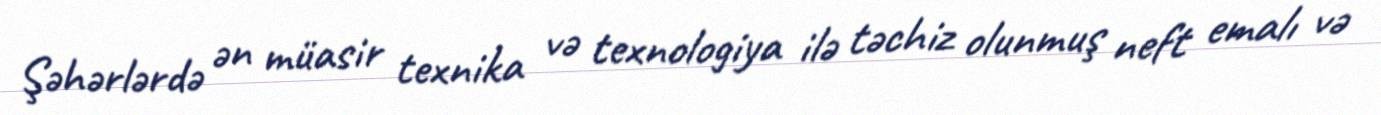
Şəhərlərdə ən müasir texnika və texnologiya ilə təchiz olunmuş neft emalı və